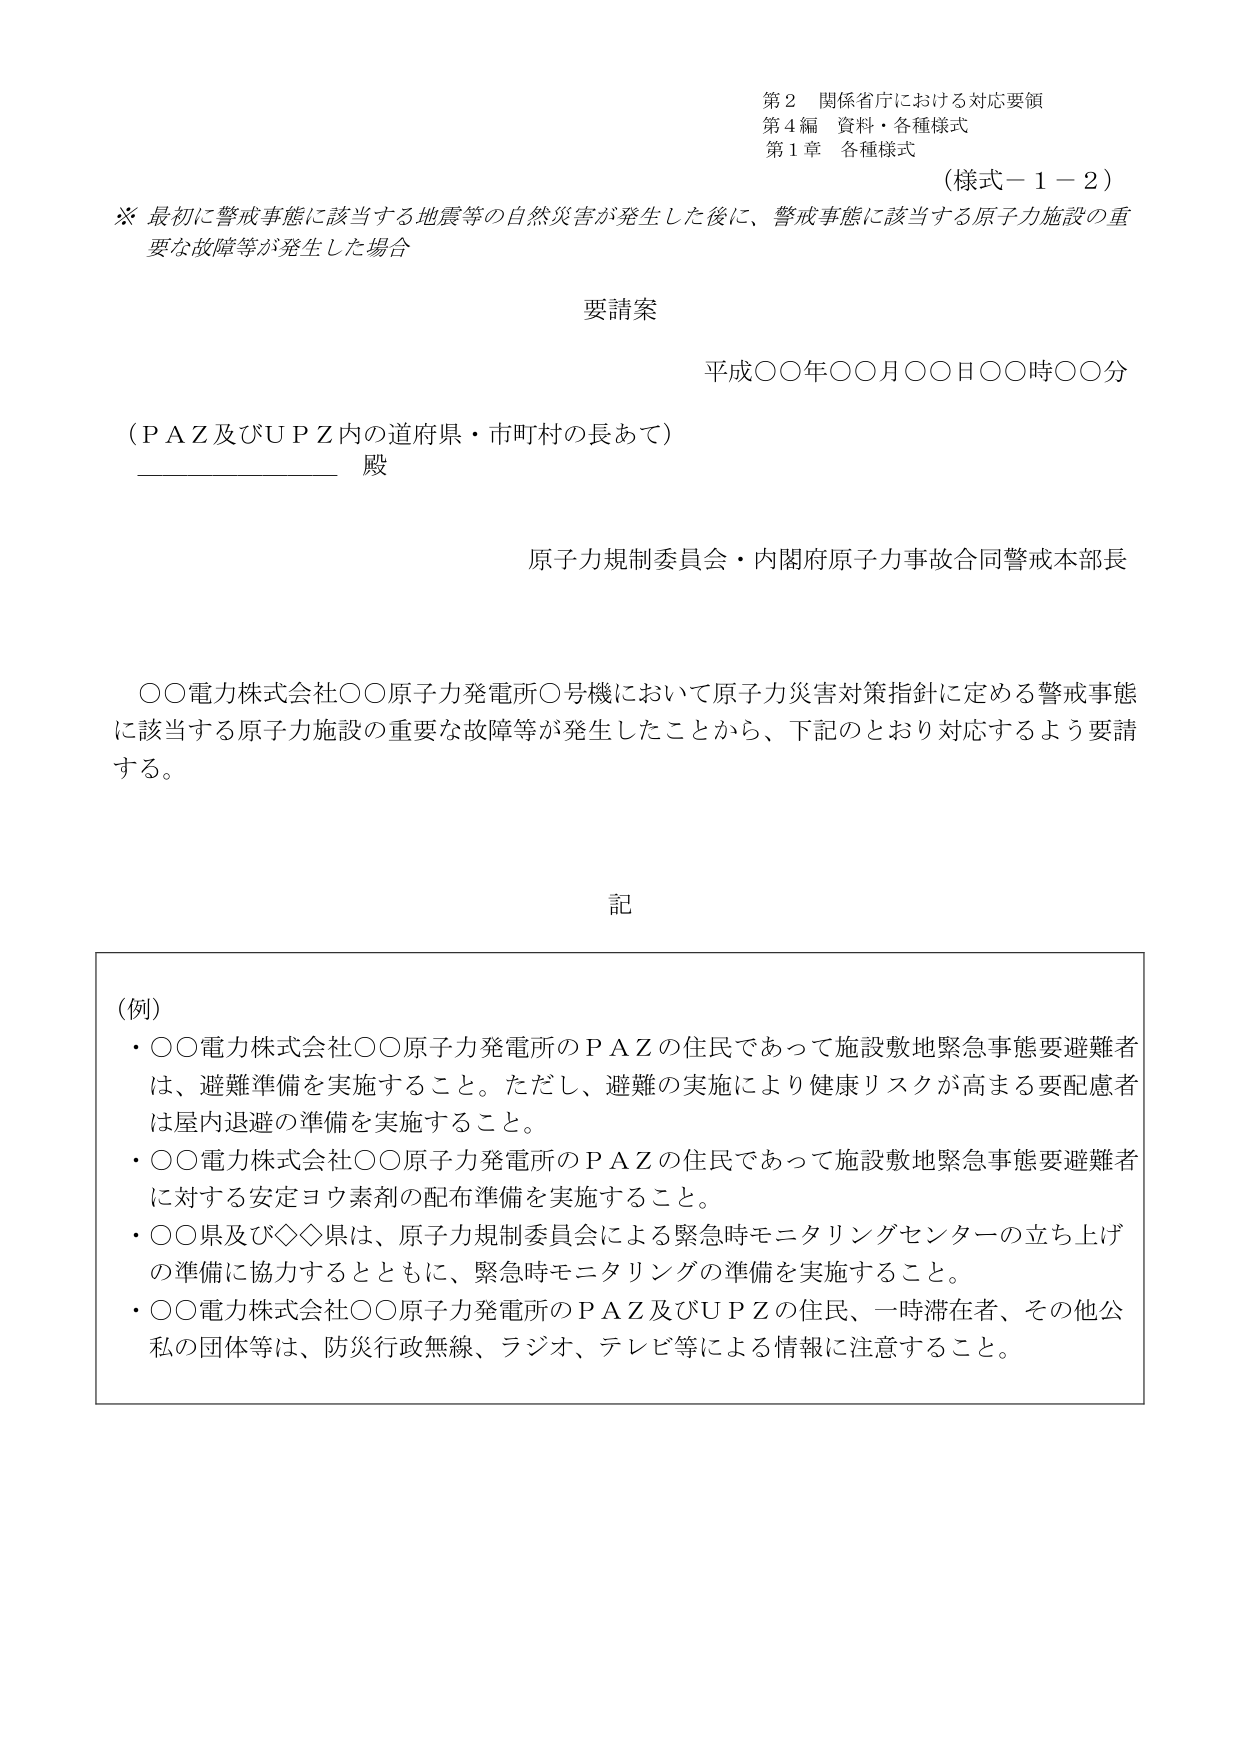
第２ 関係省庁における対応要領
第４編 資料・各種様式
第１章 各種様式
（様式－１－２）

※ 最初に警戒事態に該当する地震等の自然災害が発生した後に、警戒事態に該当する原子力施設の重要な故障等が発生した場合

要請案

平成○○年○○月○○日○○時○○分

（ＰＡＺ及びＵＰＺ内の道府県・市町村の長あて）
__________ 殿

原子力規制委員会・内閣府原子力事故合同警戒本部長

○○電力株式会社○○原子力発電所○号機において原子力災害対策指針に定める警戒事態に該当する原子力施設の重要な故障等が発生したことから、下記のとおり対応するよう要請する。

記

（例）
・○○電力株式会社○○原子力発電所のＰＡＺの住民であって施設敷地緊急事態要避難者は、避難準備を実施すること。ただし、避難の実施により健康リスクが高まる要配慮者は屋内退避の準備を実施すること。
・○○電力株式会社○○原子力発電所のＰＡＺの住民であって施設敷地緊急事態要避難者に対する安定ヨウ素剤の配布準備を実施すること。
・○○県及び◇◇県は、原子力規制委員会による緊急時モニタリングセンターの立ち上げの準備に協力するとともに、緊急時モニタリングの準備を実施すること。
・○○電力株式会社○○原子力発電所のＰＡＺ及びＵＰＺの住民、一時滞在者、その他公私の団体等は、防災行政無線、ラジオ、テレビ等による情報に注意すること。